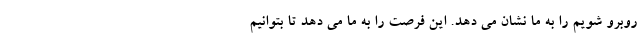
روبرو شویم را به ما نشان می دهد. این فرصت را به ما می دهد تا بتوانیم